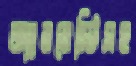
অ্যামনেস্টিসহ